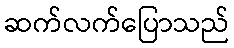
ဆက်လက်ပြောသည်